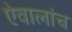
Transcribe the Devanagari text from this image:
ऐवालांच